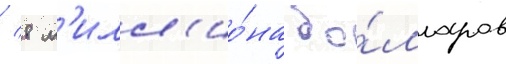
/ 8 м'илл'ио́на до́лларов